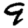
Digit: 9